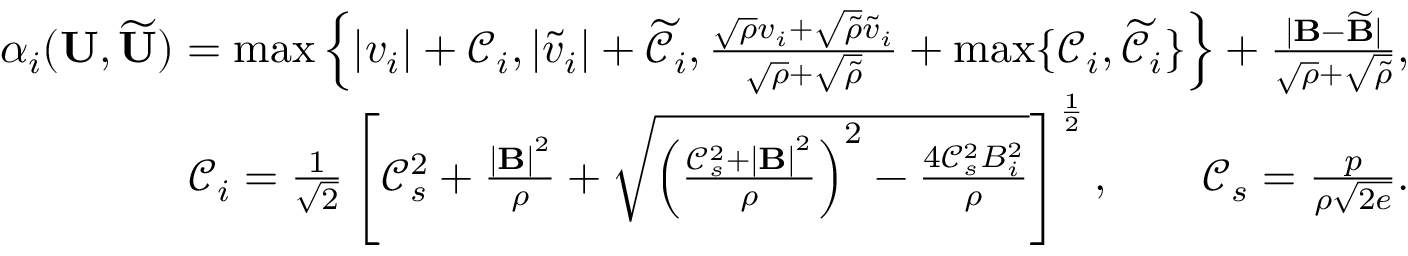
\begin{array} { r } { \alpha _ { i } ( \mathbf { U } , \widetilde { \mathbf { U } } ) = \operatorname* { m a x } \left\{ | v _ { i } | + \mathcal { C } _ { i } , | \widetilde { v } _ { i } | + \widetilde { \mathcal { C } } _ { i } , \frac { \sqrt { \rho } v _ { i } + \sqrt { \widetilde { \rho } } \widetilde { v } _ { i } } { \sqrt { \rho } + \sqrt { \widetilde { \rho } } } + \operatorname* { m a x } \{ \mathcal { C } _ { i } , \widetilde { \mathcal { C } } _ { i } \} \right\} + \frac { | \mathbf { B } - \widetilde { \mathbf { B } } | } { \sqrt { \rho } + \sqrt { \widetilde { \rho } } } , } \\ { \mathcal { C } _ { i } = \frac { 1 } { \sqrt { 2 } } \left[ \mathcal { C } _ { s } ^ { 2 } + \frac { { | \mathbf { B } | } ^ { 2 } } { \rho } + \sqrt { \left( \frac { { \mathcal { C } _ { s } ^ { 2 } + | \mathbf { B } | } ^ { 2 } } { \rho } \right) ^ { 2 } - \frac { 4 \mathcal { C } _ { s } ^ { 2 } B _ { i } ^ { 2 } } { \rho } } \right] ^ { \frac 1 2 } , \qquad \mathcal { C } _ { s } = \frac { p } { \rho \sqrt { 2 e } } . } \end{array}